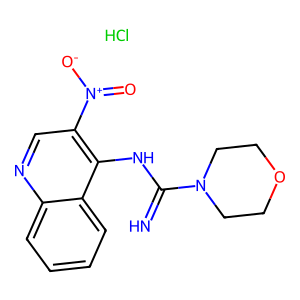
SMILES: Cl.N=C(Nc1c([N+](=O)[O-])cnc2ccccc12)N1CCOCC1
Inhibits HIV replication: No